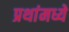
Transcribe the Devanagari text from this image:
प्रथांमध्ये